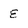
Character: E